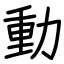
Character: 動